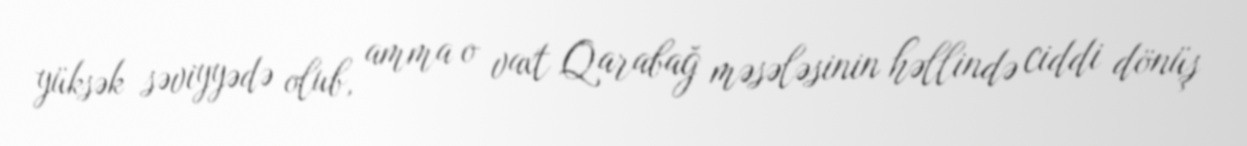
yüksək səviyyədə olub, amma o vaxt Qarabağ məsələsinin həllində ciddi dönüş